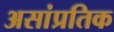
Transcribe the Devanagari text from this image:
असांप्रतिक